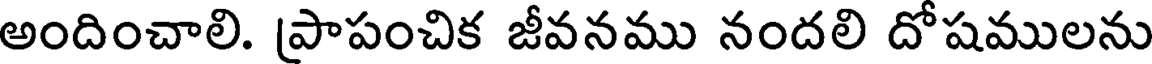
అందించాలి. ప్రాపంచిక జీవనము నందలి దోషములను